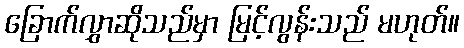
ခြောက်လွှာဆိုသည်မှာ မြင့်လွန်းသည် မဟုတ်။